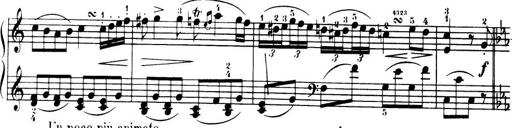
Title: 32 Sonatinas and Rondos for the Piano
Composer: Richard Kleinmichel